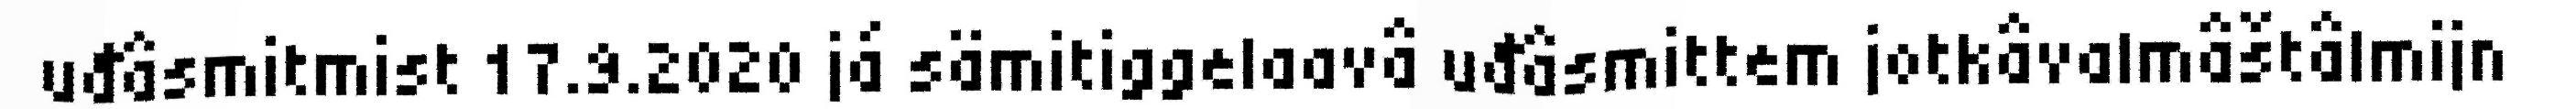
uđâsmitmist 17.9.2020 já sämitiggelaavâ uđâsmittem jotkâvalmâštâlmijn